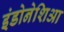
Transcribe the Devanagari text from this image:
इंडोनेशिआ